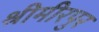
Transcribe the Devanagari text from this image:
श्रीमीरपुर